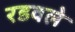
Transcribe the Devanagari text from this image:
रडवले